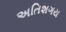
અતિશગય